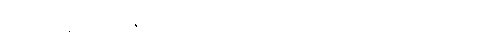
ယဒိဒံ အနိစ္စတာ - မမြဲသည်၏ ဖြစ်ကြောင်း အကြင်သေခြင်းသည် ရှိ၏၊